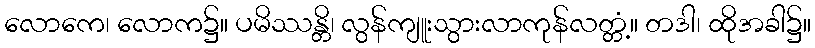
လောကေ၊ လောက၌။ ပမိဿန္တိ၊ လွန်ကျူးသွားလာကုန်လတ္တံ့။ တဒါ၊ ထိုအခါ၌။